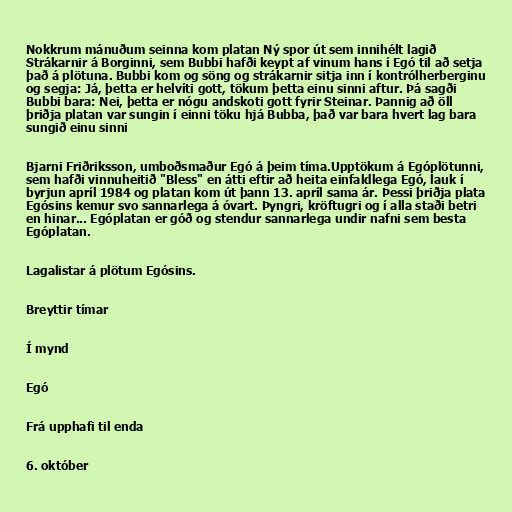
Nokkrum mánuðum seinna kom platan Ný spor út sem innihélt lagið
Strákarnir á Borginni, sem Bubbi hafði keypt af vinum hans í Egó til að setja
það á plötuna. Bubbi kom og söng og strákarnir sitja inn í kontrólherberginu
og segja: Já, þetta er helvíti gott, tökum þetta einu sinni aftur. Þá sagði
Bubbi bara: Nei, þetta er nógu andskoti gott fyrir Steinar. Þannig að öll
þriðja platan var sungin í einni töku hjá Bubba, það var bara hvert lag bara
sungið einu sinni

Bjarni Friðriksson, umboðsmaður Egó á þeim tíma.Upptökum á Egóplötunni,
sem hafði vinnuheitið "Bless" en átti eftir að heita einfaldlega Egó, lauk í
byrjun apríl 1984 og platan kom út þann 13. apríl sama ár. Þessi þriðja plata
Egósins kemur svo sannarlega á óvart. Þyngri, kröftugri og í alla staði betri
en hinar... Egóplatan er góð og stendur sannarlega undir nafni sem besta
Egóplatan.

Lagalistar á plötum Egósins.

Breyttir tímar

Í mynd

Egó

Frá upphafi til enda

6. október